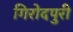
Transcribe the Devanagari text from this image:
गिरोदपुरी